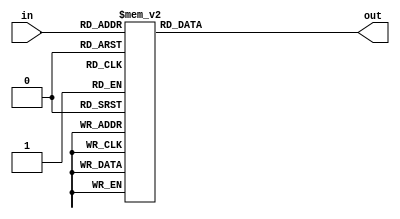
//in[3:0] data input, usually is 4 SW
//out[6:0] output for a Hex light

module Hexlight(out,in);
	input [3:0]in;
	output reg [6:0]out;
	
	always @(in)
	begin
		case (in[3:0])
			4'h0:out = 7'b100_0000;
			4'h1:out = 7'b111_1001;
			4'h2:out = 7'b010_0100;
			4'h3:out = 7'b011_0000;
			4'h4:out = 7'b001_1001;
			4'h5:out = 7'b001_0010;
			4'h6:out = 7'b000_0010;
			4'h7:out = 7'b111_1000;
			4'h8:out = 7'b000_0000;
			4'h9:out = 7'b001_0000;
			4'hA:out = 7'b000_1000;
			4'hB:out = 7'b000_0011;
			4'hC:out = 7'b100_0110;
			4'hD:out = 7'b010_0001;
			4'hE:out = 7'b000_0110;
			4'hF:out = 7'b000_1110;
			default:out = 7'b111_1111;
		endcase
	end
endmodule